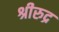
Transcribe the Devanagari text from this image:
श्रीरुद्र